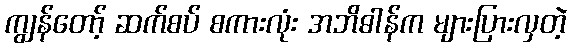
ကျွန်တော့် ဆက်စပ် စကားလုံး အဘိဓါန်က များပြားလှတဲ့